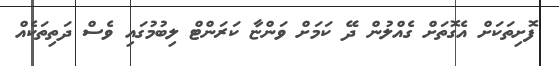
ފޮށިތަކަށް އެގޮތަށް ގެއްލުން ދޭ ކަމަށް ވަންޏާ ކަރަންޓް ލިބުމުގައި ވެސް ދަތިތަކެއް